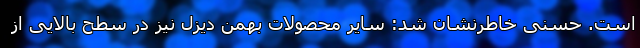
است. حسنی خاطرنشان شد: سایر محصولات بهمن دیزل نیز در سطح بالایی از